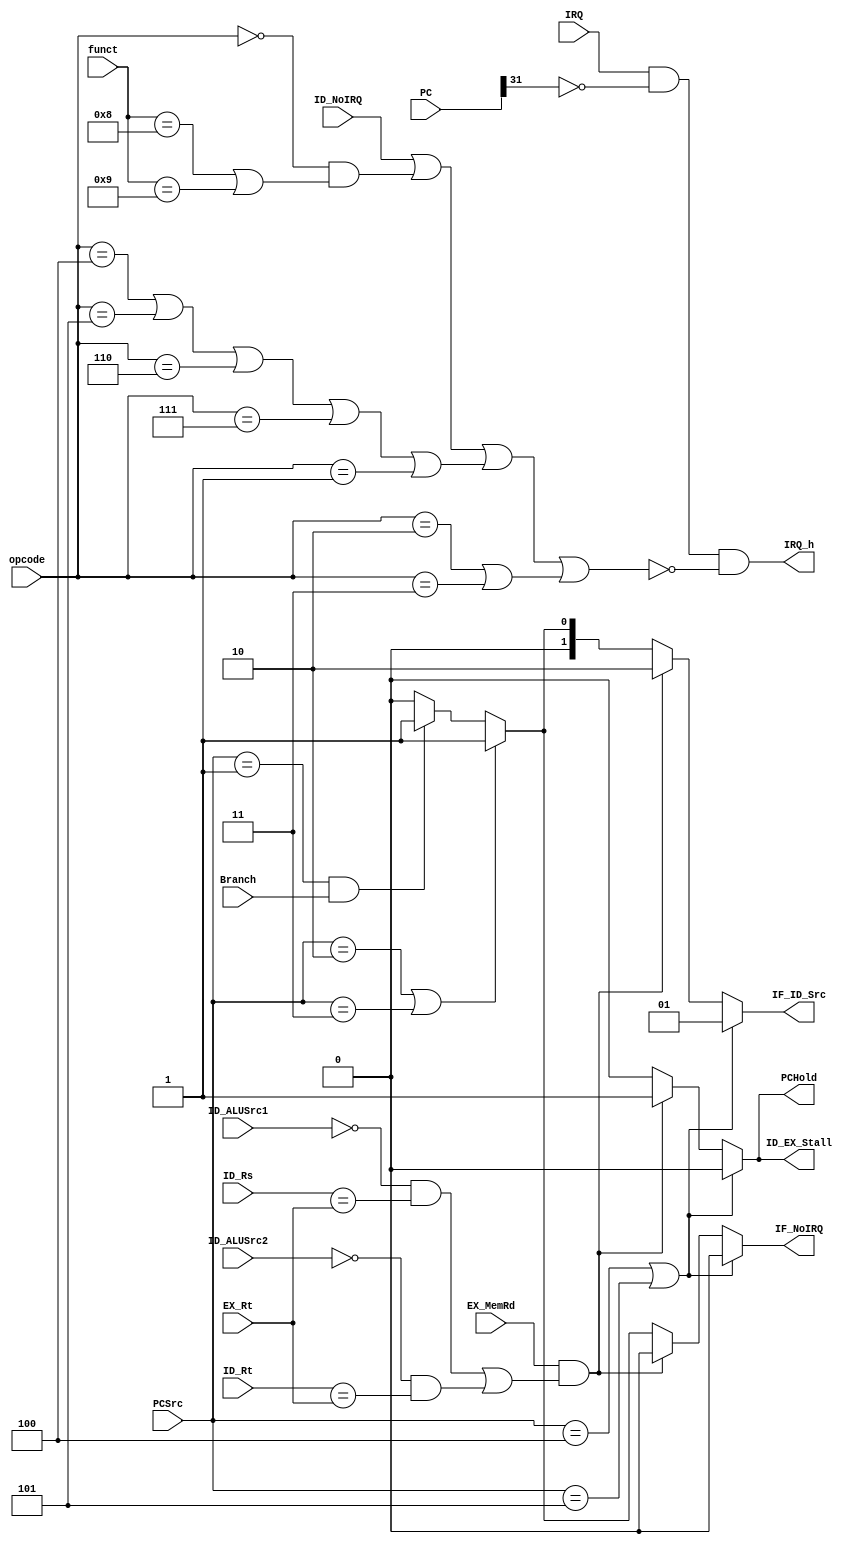
module Harzard(
    input [31:0] PC,
    input [5:0] opcode, funct,
    input [2:0] PCSrc,

    input [4:0] ID_Rt, ID_Rs,
    input ID_ALUSrc1, ID_ALUSrc2,
    input Branch,

    input [4:0] EX_Rt,
    input EX_MemRd,

    input IRQ, ID_NoIRQ,

    output reg [1:0] IF_ID_Src,
    output reg IF_NoIRQ,
               ID_EX_Stall,
               PCHold,
    output IRQ_h
);
assign IRQ_h = IRQ && !PC[31] &&
               !(ID_NoIRQ
               ||(opcode==0&&(funct==6'h08||funct==6'h09)) //jr jalr
               ||(opcode==6'h04||opcode==6'h05||opcode==6'h06||opcode==6'h07||opcode==6'h01) // b
               ||(opcode==6'h02||opcode==6'h03)); //j  jal

always @(*) begin
    // 
    if (PCSrc==4 || PCSrc==5) begin
        IF_ID_Src <= 1; //stall
        IF_NoIRQ <= 0;
        ID_EX_Stall <= 0; // PC_4$26
        PCHold <= 0;
    end else
    // load-use
    if (EX_MemRd &&
       ((ID_ALUSrc1==0 && ID_Rs==EX_Rt)
      ||(ID_ALUSrc2==0 && ID_Rt==EX_Rt))) begin
        IF_ID_Src <= 2; //hold
        IF_NoIRQ <= 0;
        ID_EX_Stall <= 1;
        PCHold <= 1;
    end else
    // j
    if (PCSrc==2 || PCSrc==3) begin
        IF_ID_Src <= 1; //stall
        IF_NoIRQ <= 1;
        ID_EX_Stall <= 0;
        PCHold <= 0;
    end else
    // b
    if (PCSrc==1 && Branch) begin
        IF_ID_Src <= 1; //stall
        IF_NoIRQ <= 1;
        ID_EX_Stall <= 0;
        PCHold <= 0;
    end else begin
        IF_ID_Src <= 0;
        IF_NoIRQ <= 0;
        ID_EX_Stall <= 0;
        PCHold <= 0;
    end
end
endmodule